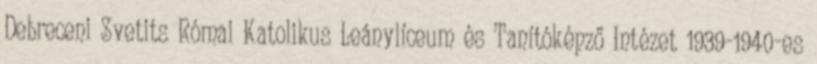
Debreceni Svetits Római Katolikus Leánylíceum és Tanítóképző Intézet 1939-1940-es